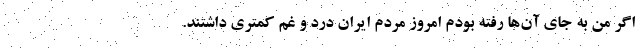
اگر من به جای آن‌ها رفته بودم امروز مردم ایران درد و غم کمتری داشتند.